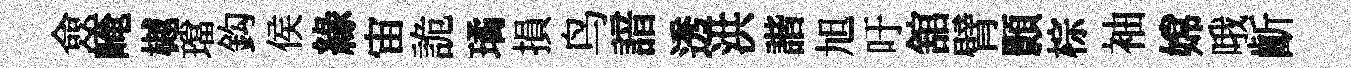
僉崦樾璫鈎侯緣宙詭璚損鸟諳透洪諧旭吁舘臂顥棕袖嫦哦齗